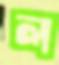
ল